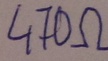
Text: 470Ω